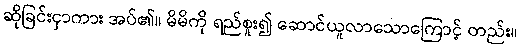
ဆိုခြင်းငှာကား အပ်၏။ မိမိကို ရည်စူး၍ ဆောင်ယူလာသောကြောင့် တည်း။